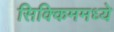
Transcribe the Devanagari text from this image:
सिक्किममध्ये